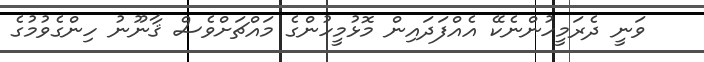
ވަނީ ދެރަމީހުންނެކޭ އެއްފަދައިން މޮޅުމީހުންގެ މައްޗަށްވެސް ޤާނޫނު ހިންގެވުމުގެ